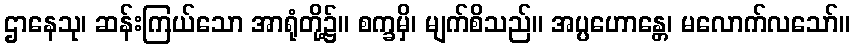
ဌာနေသု၊ ဆန်းကြယ်သော အာရုံတို့၌။ စက္ခမှိ၊ မျက်စိသည်။ အပ္ပဟောန္တေ၊ မလောက်လသော်။